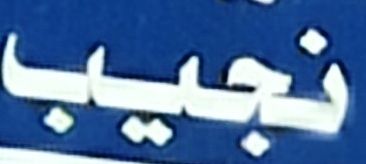
نجيب